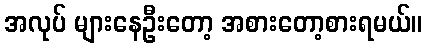
အလုပ် များနေဦးတော့ အစားတော့စားရမယ်။